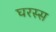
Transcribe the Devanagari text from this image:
घरस्स